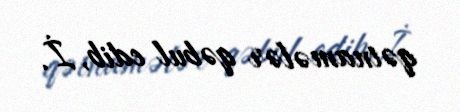
qətnamələr qəbul edib, İ.